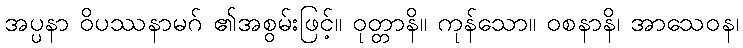
အပ္ပနာ ဝိပဿနာမဂ် ၏အစွမ်းဖြင့်။ ဝုတ္တာနိ။ ကုန်သော။ ဝစနာနိ၊ အာသေဝန၊